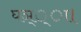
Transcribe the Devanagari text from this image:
घञ््‌ा।